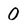
Character: O